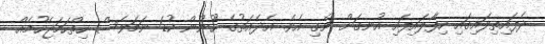
ދެފައިތިލައިގައި ހިފާލައިފައި އުނގަށް ނެގި އެވެ. އެދެއަތުގެ ހޫނުން ކުޑަ ނަމަވެސް ހިތްހަމަޖެހުމެއް